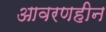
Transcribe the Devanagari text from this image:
आवरणहीन